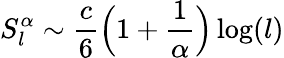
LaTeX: S_{l}^{\alpha}\sim\frac{c}{6}\Big(1+\frac{1}{\alpha}\Big)\log(l)